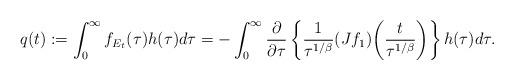
LaTeX: \begin{align*}q(t) := \int_0^\infty f_{E_t}(\tau) h(\tau) d\tau= -\int_0^\infty \frac{\partial}{\partial\tau} \left\{ \frac{1}{\tau^{1/\beta}}(Jf_1)\bigg(\frac{t}{\tau^{1/\beta}}\bigg)\right\} h(\tau) d\tau.\end{align*}